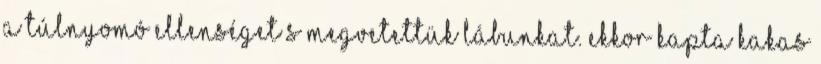
a túlnyomó ellenséget s megvetettük lábunkat. Ekkor kapta Kakas